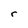
Character: r